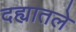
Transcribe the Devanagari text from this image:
दह्यातले